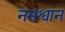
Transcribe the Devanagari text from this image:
नभश्वान